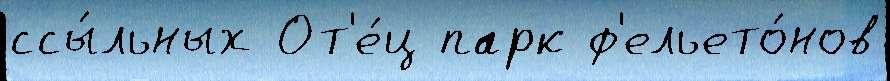
ссы́льных От'е́ц парк ф'ельето́нов